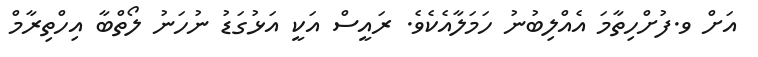
އަށް ވ.ފުށްހިތާމަ އެއްލިބުނު ހަމަލާއެކެވެ. ރައީސް އަކީ އަޅުގަޑު ނުހަނު ލޯތްބާ އިހްތިރާމް